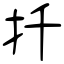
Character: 扦